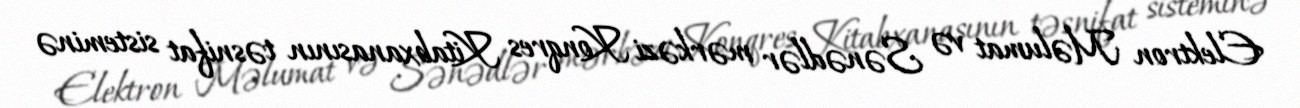
Elektron Məlumat və Sənədlər mərkəzi Konqres Kitabxanasının təsnifat sisteminə